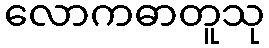
လောကဓာတူသု